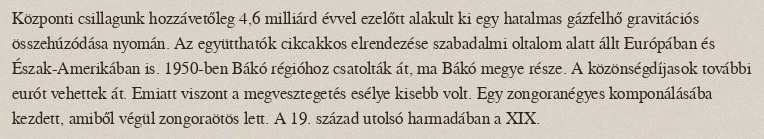
Központi csillagunk hozzávetőleg 4,6 milliárd évvel ezelőtt alakult ki egy hatalmas gázfelhő gravitációs összehúzódása nyomán. Az együtthatók cikcakkos elrendezése szabadalmi oltalom alatt állt Európában és Észak-Amerikában is. 1950-ben Bákó régióhoz csatolták át, ma Bákó megye része. A közönségdíjasok további eurót vehettek át. Emiatt viszont a megvesztegetés esélye kisebb volt. Egy zongoranégyes komponálásába kezdett, amiből végül zongoraötös lett. A 19. század utolsó harmadában a XIX.